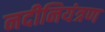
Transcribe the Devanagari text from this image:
नदीनियंत्रण